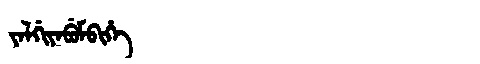
Manchu: ᠵᠠᠯᡤᡳᠶᠠᠪᡠᠮᠪᡳᡥᡝ
Romanization: JALGIYABUMBIHE